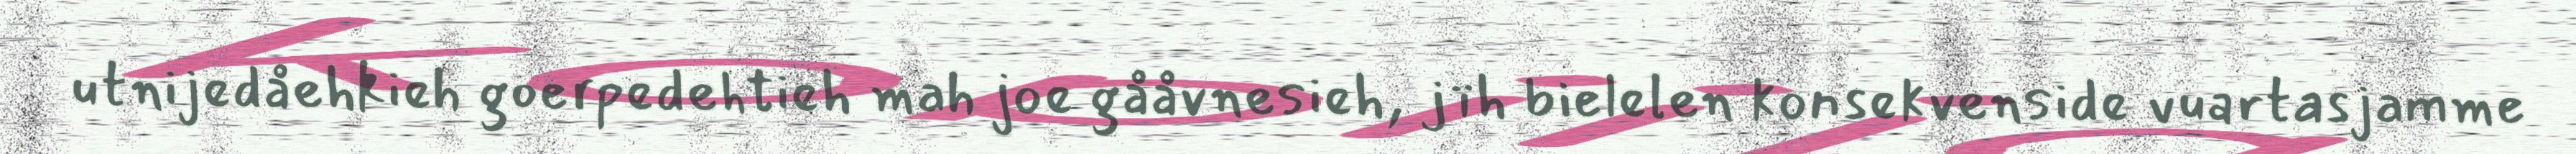
utnijedåehkieh goerpedehtieh mah joe gååvnesieh, jïh bielelen konsekvenside vuartasjamme